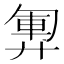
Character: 𫸞